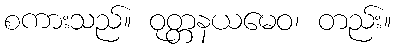
စကားသည်။ ဝုတ္တနယမေဝ၊ တည်း။